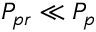
P _ { p r } \ll P _ { p }